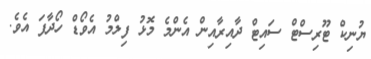
ޔުނިކް ޓޫރިސްޓް ސައިޓް ދާއިރާއިން އެންމެ މޮޅު ފިލްމު އެވޯޑް ހޯދާފަ އެވެ.